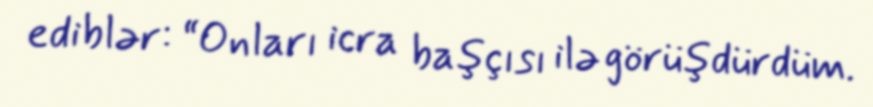
ediblər: “Onları icra başçısı ilə görüşdürdüm.